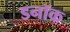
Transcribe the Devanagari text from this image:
डनॉक